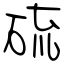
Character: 硫